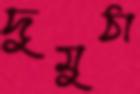
দুমুঠা